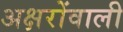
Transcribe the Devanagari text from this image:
अक्षरोंवाली